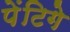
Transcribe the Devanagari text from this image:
पेंटिगे